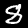
Label: 8